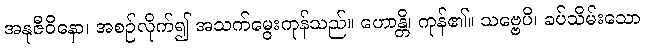
အနုဇီဝိနော၊ အစဉ်လိုက်၍ အသက်မွေးကုန်သည်။ ဟောန္တိ၊ ကုန်၏။ သဗ္ဗေပိ၊ ခပ်သိမ်းသော